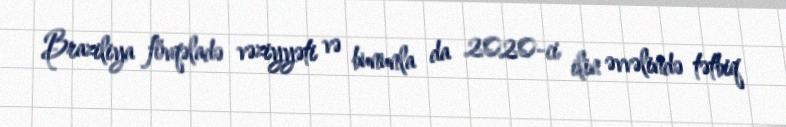
Braziliya fövqəladə vəziyyəti və bununla da 2020-ci ilin əvvəlində tətbiq